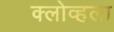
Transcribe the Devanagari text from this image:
क्लोव्हला